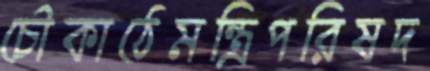
চৌকাঠেমন্ত্রিপরিষদ